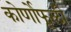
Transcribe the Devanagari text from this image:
कोर्णोफूली